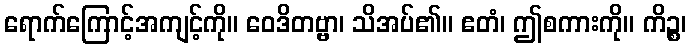
ရောက်ကြောင့်အကျင့်ကို။ ဝေဒိတဗ္ဗာ၊ သိအပ်၏။ ဧတံ၊ ဤစကားကို။ ကိဉ္စ၊